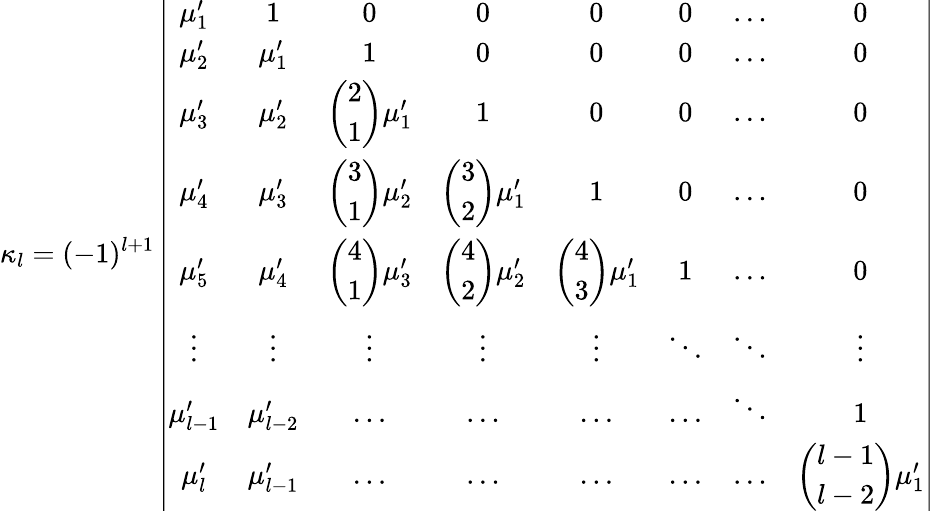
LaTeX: \kappa_{l}=(-1)^{l+1}\left|{\begin{array}{cccccccc}{\mu_{1}^{\prime}}&{1}&{0}&{0}&{0}&{0}&{\ldots}&{0}\\ {\mu_{2}^{\prime}}&{\mu_{1}^{\prime}}&{1}&{0}&{0}&{0}&{\ldots}&{0}\\ {\mu_{3}^{\prime}}&{\mu_{2}^{\prime}}&{\left({\begin{array}{l}{2}\\ {1}\end{array}}\right)\mu_{1}^{\prime}}&{1}&{0}&{0}&{\ldots}&{0}\\ {\mu_{4}^{\prime}}&{\mu_{3}^{\prime}}&{\left({\begin{array}{l}{3}\\ {1}\end{array}}\right)\mu_{2}^{\prime}}&{\left({\begin{array}{l}{3}\\ {2}\end{array}}\right)\mu_{1}^{\prime}}&{1}&{0}&{\ldots}&{0}\\ {\mu_{5}^{\prime}}&{\mu_{4}^{\prime}}&{\left({\begin{array}{l}{4}\\ {1}\end{array}}\right)\mu_{3}^{\prime}}&{\left({\begin{array}{l}{4}\\ {2}\end{array}}\right)\mu_{2}^{\prime}}&{\left({\begin{array}{c}{4}\\ {3}\end{array}}\right)\mu_{1}^{\prime}}&{1}&{\ldots}&{0}\\ {\vdots}&{\vdots}&{\vdots}&{\vdots}&{\vdots}&{\ddots}&{\ddots}&{\vdots}\\ {\mu_{l-1}^{\prime}}&{\mu_{l-2}^{\prime}}&{\ldots}&{\ldots}&{\ldots}&{\ldots}&{\ddots}&{1}\\ {\mu_{l}^{\prime}}&{\mu_{l-1}^{\prime}}&{\ldots}&{\ldots}&{\ldots}&{\ldots}&{\ldots}&{\left({\begin{array}{l}{l-1}\\ {l-2}\end{array}}\right)\mu_{1}^{\prime}}\end{array}}\right|